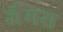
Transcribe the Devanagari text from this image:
जैमस